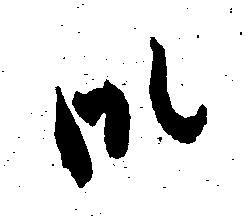
御